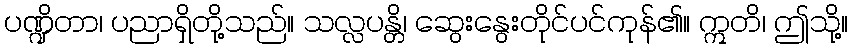
ပဏ္ဍိတာ၊ ပညာရှိတို့သည်။ သလ္လပန္တိ၊ ဆွေးနွေးတိုင်ပင်ကုန်၏။ ဣတိ၊ ဤသို့။